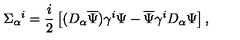
\Sigma _ { \alpha } { } ^ { i } = \frac { i } { 2 } \left[ ( D _ { \alpha } \overline { { \Psi } } ) \gamma ^ { i } \Psi - \overline { { \Psi } } \gamma ^ { i } D _ { \alpha } \Psi \right] ,